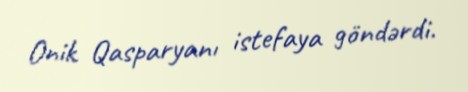
Onik Qasparyanı istefaya göndərdi.